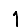
Digit: 1